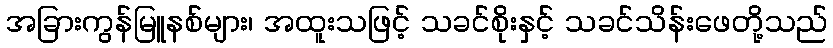
အခြားကွန်မြူနစ်များ၊ အထူးသဖြင့် သခင်စိုးနှင့် သခင်သိန်းဖေတို့သည်